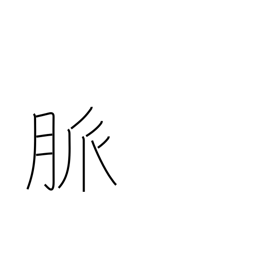
Meaning: pulse